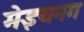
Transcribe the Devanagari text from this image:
मेइयनग